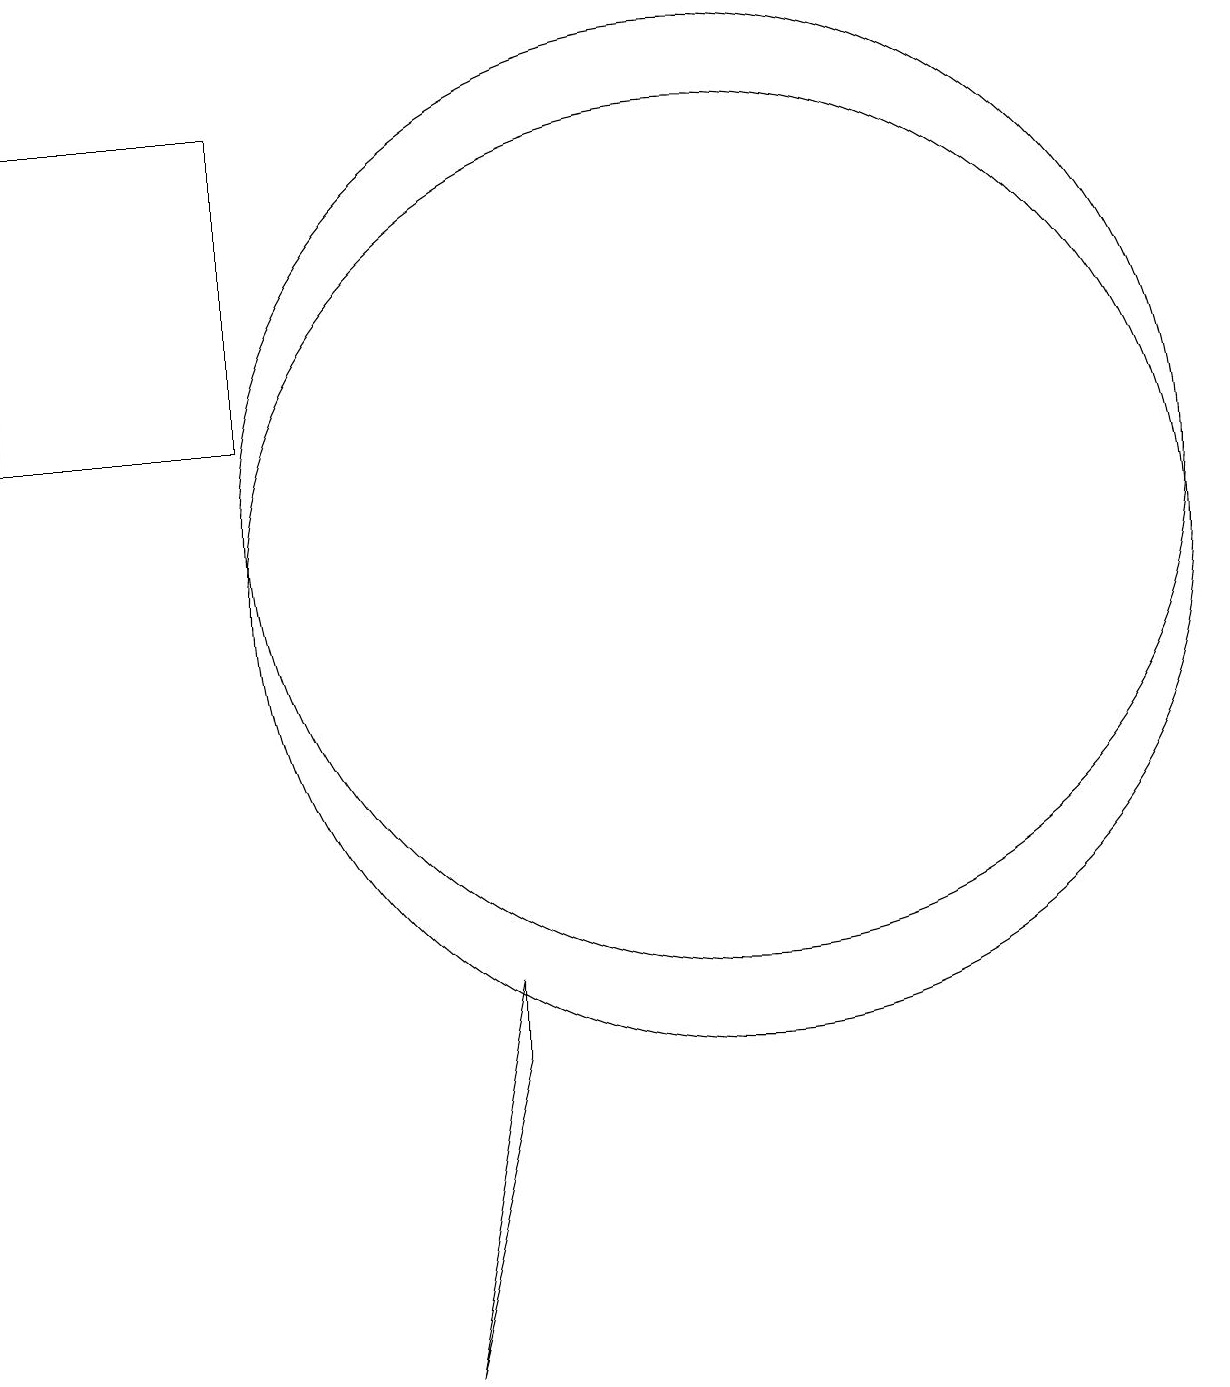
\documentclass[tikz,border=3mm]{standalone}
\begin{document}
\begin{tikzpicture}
\draw (11,11) circle (6);
\draw (8,4) -- (8,5) -- (7,0) -- cycle;
\draw (2,12) rectangle (5,16);
\draw (11,10) circle (6);
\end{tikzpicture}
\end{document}